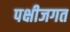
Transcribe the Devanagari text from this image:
पक्षीजगत